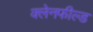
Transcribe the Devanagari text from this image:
क्लेनफील्ड